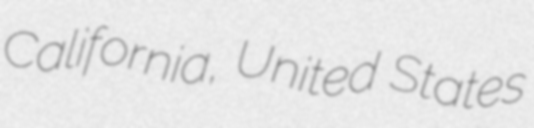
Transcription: California, United States